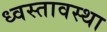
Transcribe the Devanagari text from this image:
ध्वस्तावस्था